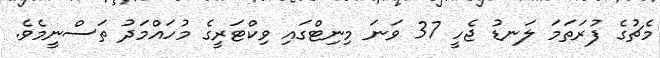
މެޗުގެ ފުރަތަމަ ލަނޑު ޖެހީ 37 ވަނަ މިނިޓްގައި ވިކްޓަރީގެ މުހައްމަދު ތަސްނީމެވެ.